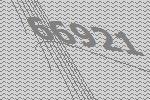
66921